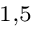
^ { 1 , 5 }